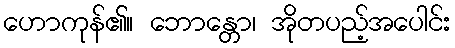
ဟောကုန်၏။ ဘောန္တော၊ အိုတပည့်အပေါင်း